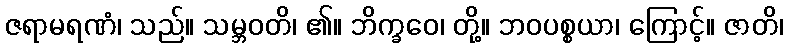
ဇရာမရဏံ၊ သည်။ သမ္ဘဝတိ၊ ၏။ ဘိက္ခဝေ၊ တို့။ ဘဝပစ္စယာ၊ ကြောင့်။ ဇာတိ၊